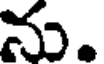
ను.